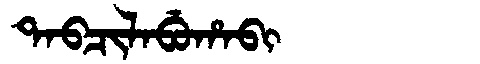
Manchu: ᡨᠠᠪᠴᡳᠯᠠᠪᡠᡥᠠᠪᡳ
Romanization: TABCILABUHABI